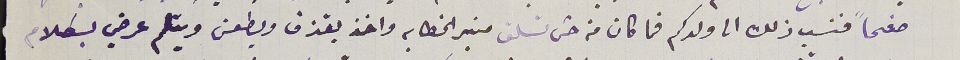
صفحاً فنسب ذلك الى ولدكم فما كان منه حتى تسلق منبر الخطابه واخذ يقذف ويطعن ويتلم عرضي بكلام